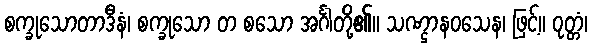
စက္ခုသောတာဒီနံ၊ စက္ခုသော တ စသော အင်္ဂါတို့၏။ သဏ္ဌာနဝသေန၊ ဖြင့်။ ဝုတ္တံ၊